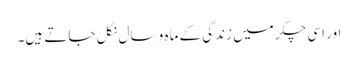
اور اسی چکر میں زندگی کے ماہ و سال نکل جاتے ہیں۔